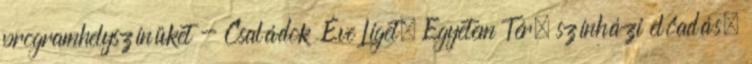
programhelyszínüket - Családok Éve Liget, Egyetem Tér, színházi előadás,